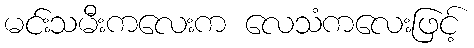
မင်းသမီးကလေးက လေသံကလေးဖြင့်